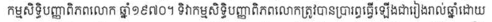
កម្មសិទ្ធិបញ្ញាពិភពលោក ឆ្នាំ១៩៧០។ ទិវាកម្មសិទិ្ធបញ្ញាពិភពលោកត្រូវបានប្រារព្ធធ្វើឡើងជារៀងរាល់ឆ្នាំដោយ